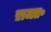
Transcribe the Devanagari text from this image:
ऱाजत॰